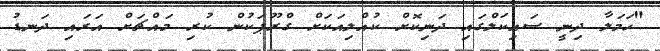
"ހަމަލާ ދިނީ ސައިކަލްގައި ދަނިކޮށް ކުއްލިއަކަށް ގްރޫޕަކުން ކުރި މައްޗަށް އަރައި ދަނޑު